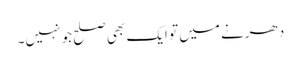
دھرنے میں تو ایک بھی صلح جو نہیں۔